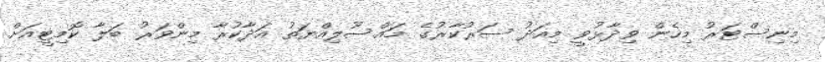
މިނިސްޓަރު މިހެން ވިދާޅުވީ މިއަދު ސަރުކާރުގެ މައްސޫލިއްޔަތު އަދާކުރާ މިންވަރު ބަލާ ކޮމިޓީއަށް